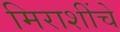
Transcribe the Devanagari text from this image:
मिराशींचे